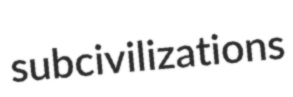
subcivilizations